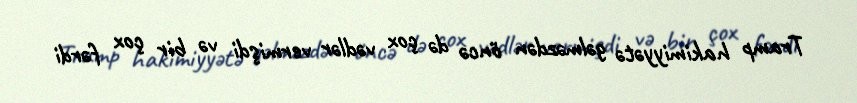
Tramp hakimiyyətə gəlməzdən öncə də çox vədlər vermişdi və bir çox fərdi